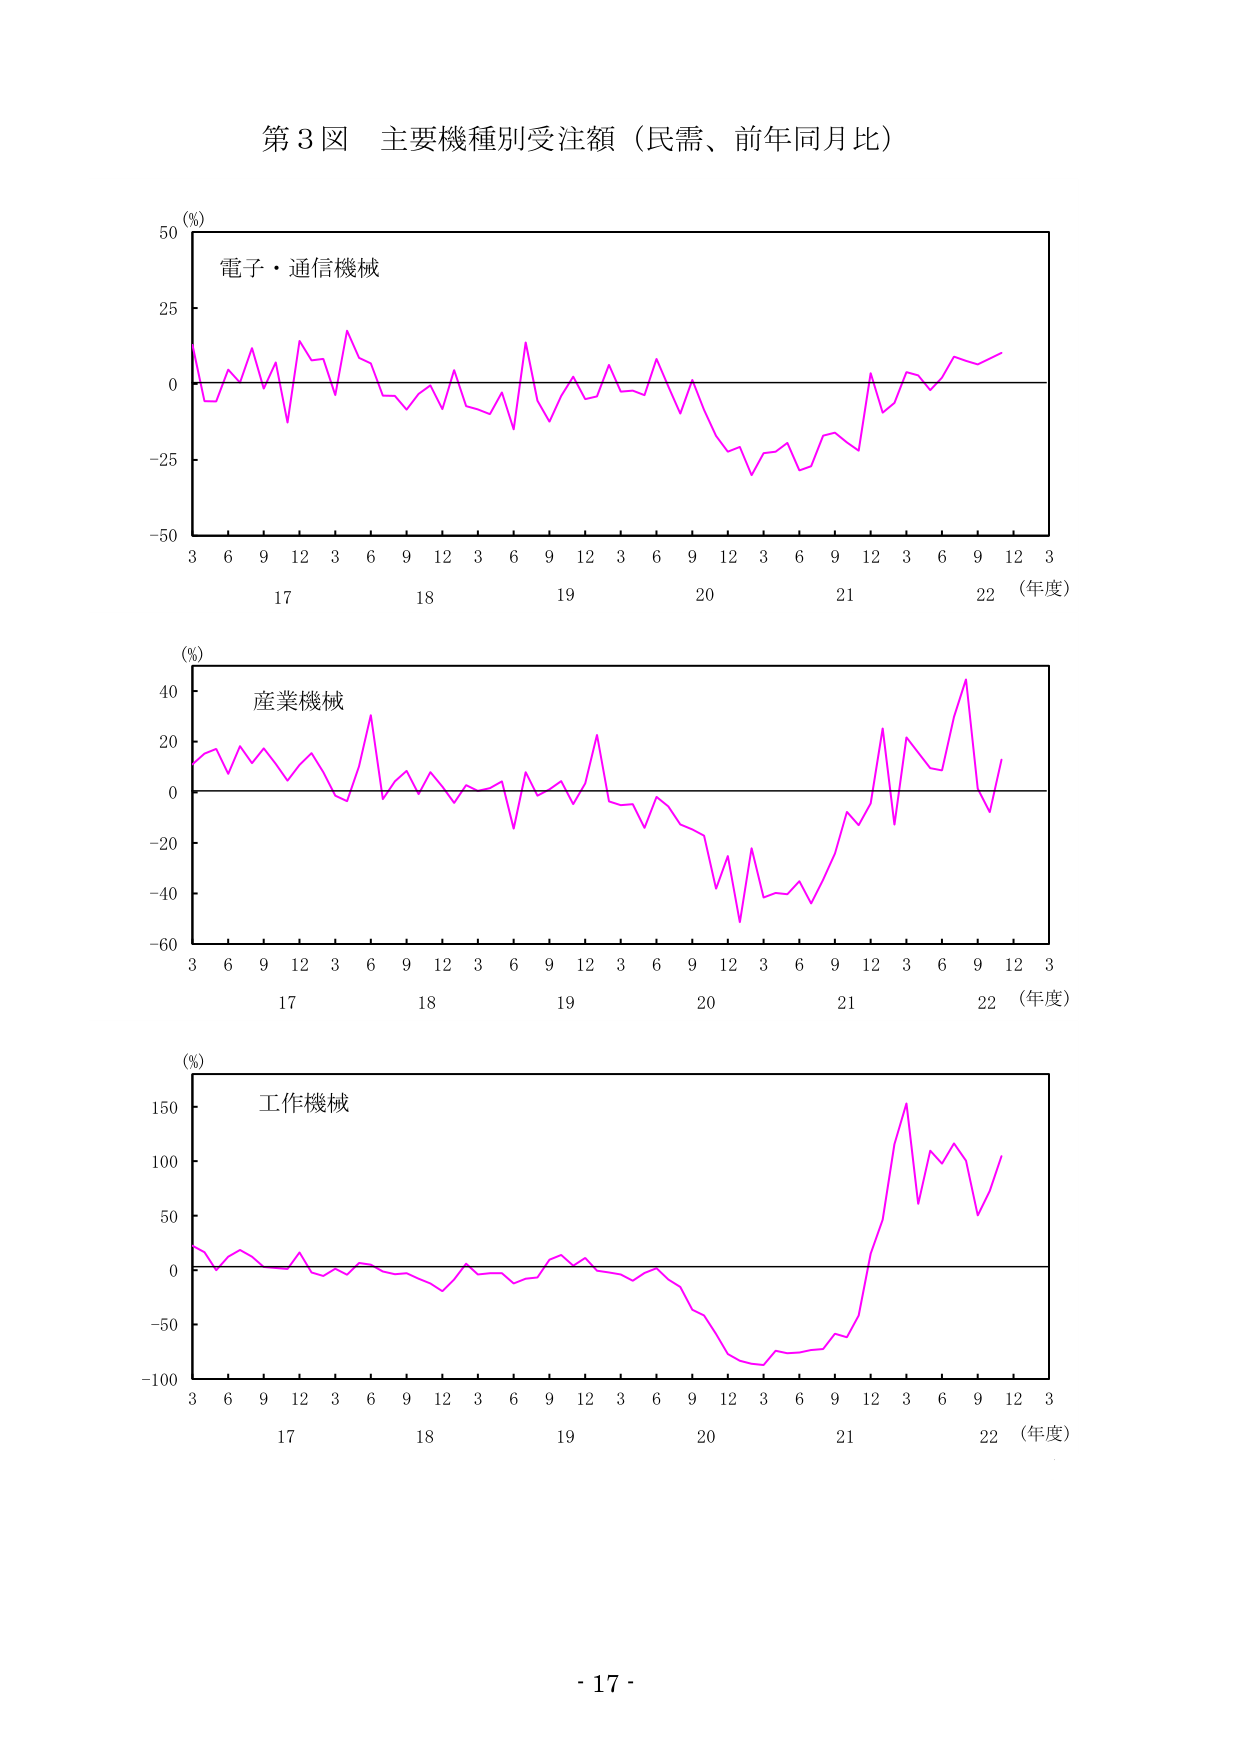
第3図 主要機種別受注額（民需、前年同月比）

(%)
電子・通信機械
3 6 9 12 3 6 9 12 3 6 9 12 3 6 9 12 3 6 9 12 3
17 18 19 20 21 22（年度）

(%)
産業機械
3 6 9 12 3 6 9 12 3 6 9 12 3 6 9 12 3 6 9 12 3
17 18 19 20 21 22（年度）

(%)
工作機械
3 6 9 12 3 6 9 12 3 6 9 12 3 6 9 12 3 6 9 12 3
17 18 19 20 21 22（年度）

- 17 -